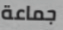
جماعة